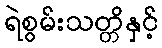
ရဲစွမ်းသတ္တိနှင့်